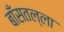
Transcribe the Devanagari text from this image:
बाँसतल्‍ला